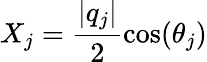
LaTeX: X_{j}=\frac{\lvert q_{j}\rvert}{2}\cos(\theta_{j})